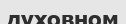
духовном